Source: Handwritten
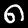
Digit: ၈ (8)